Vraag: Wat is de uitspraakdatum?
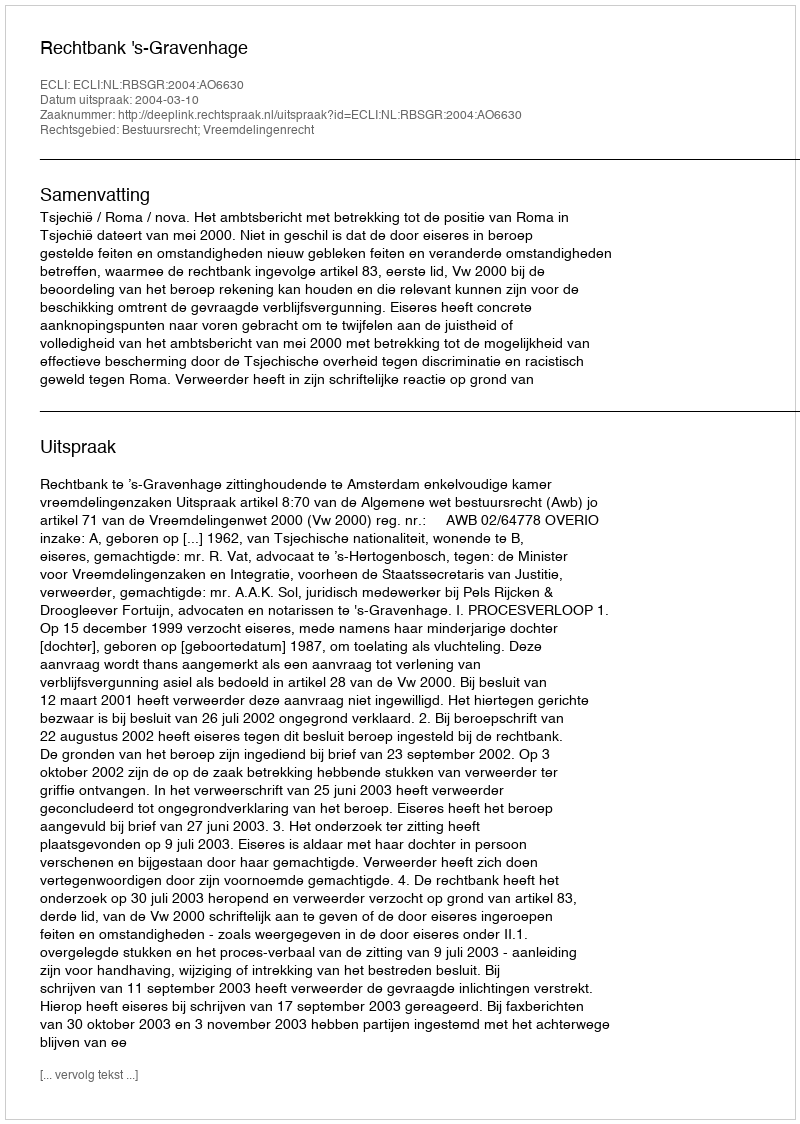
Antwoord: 2004-03-10